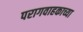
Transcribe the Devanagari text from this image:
परागवाहकाच्या